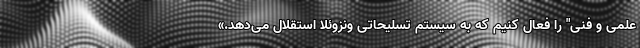
علمی و فنی" را فعال کنیم که به سیستم تسلیحاتی ونزوئلا استقلال می‌دهد.»